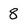
Character: 8